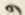
و